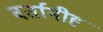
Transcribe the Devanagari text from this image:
बर्तानीह